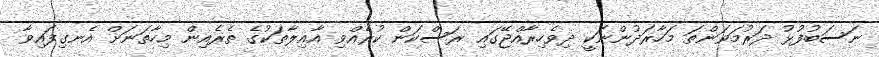
ނަސަބުފުޅު ދަރުމަވަންތަ މަހާރަދުންނަކީ ދިވެހިރާއްޖޭގައި ރަސްކަން ކުރެއްވި އާއިލާތަކުގެ ތެރެއިން މިހާތަނަށް އެނގިފައިވާ